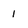
Character: 1